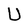
Character: U